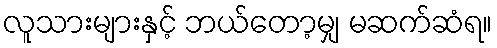
လူသားများနှင့် ဘယ်တော့မျှ မဆက်ဆံရ။